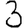
Digit: 3